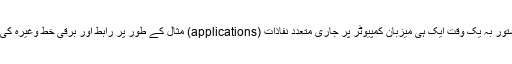
اس کے علاوہ یہ دستور بہ یک وقت ایک ہی میزبان کمپیوٹر پر جاری متعدد نفاذات (applications) مثال کے طور پر رابط اور برقی خط وغیرہ کی بھی تمیز کرتا ہے۔